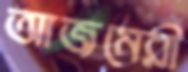
আজমেরী